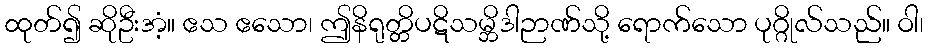
ထုတ်၍ ဆိုဦးအံ့။ ဧသ ဧသော၊ ဤနိရုတ္တိပဋိသမ္ဘိဒါဉာဏ်သို့ ရောက်သော ပုဂ္ဂိုလ်သည်။ ဝါ၊